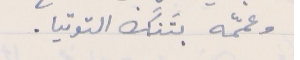
وعمّمه بتَنَك التوتيا.